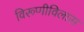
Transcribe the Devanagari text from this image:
विरूणीविलास